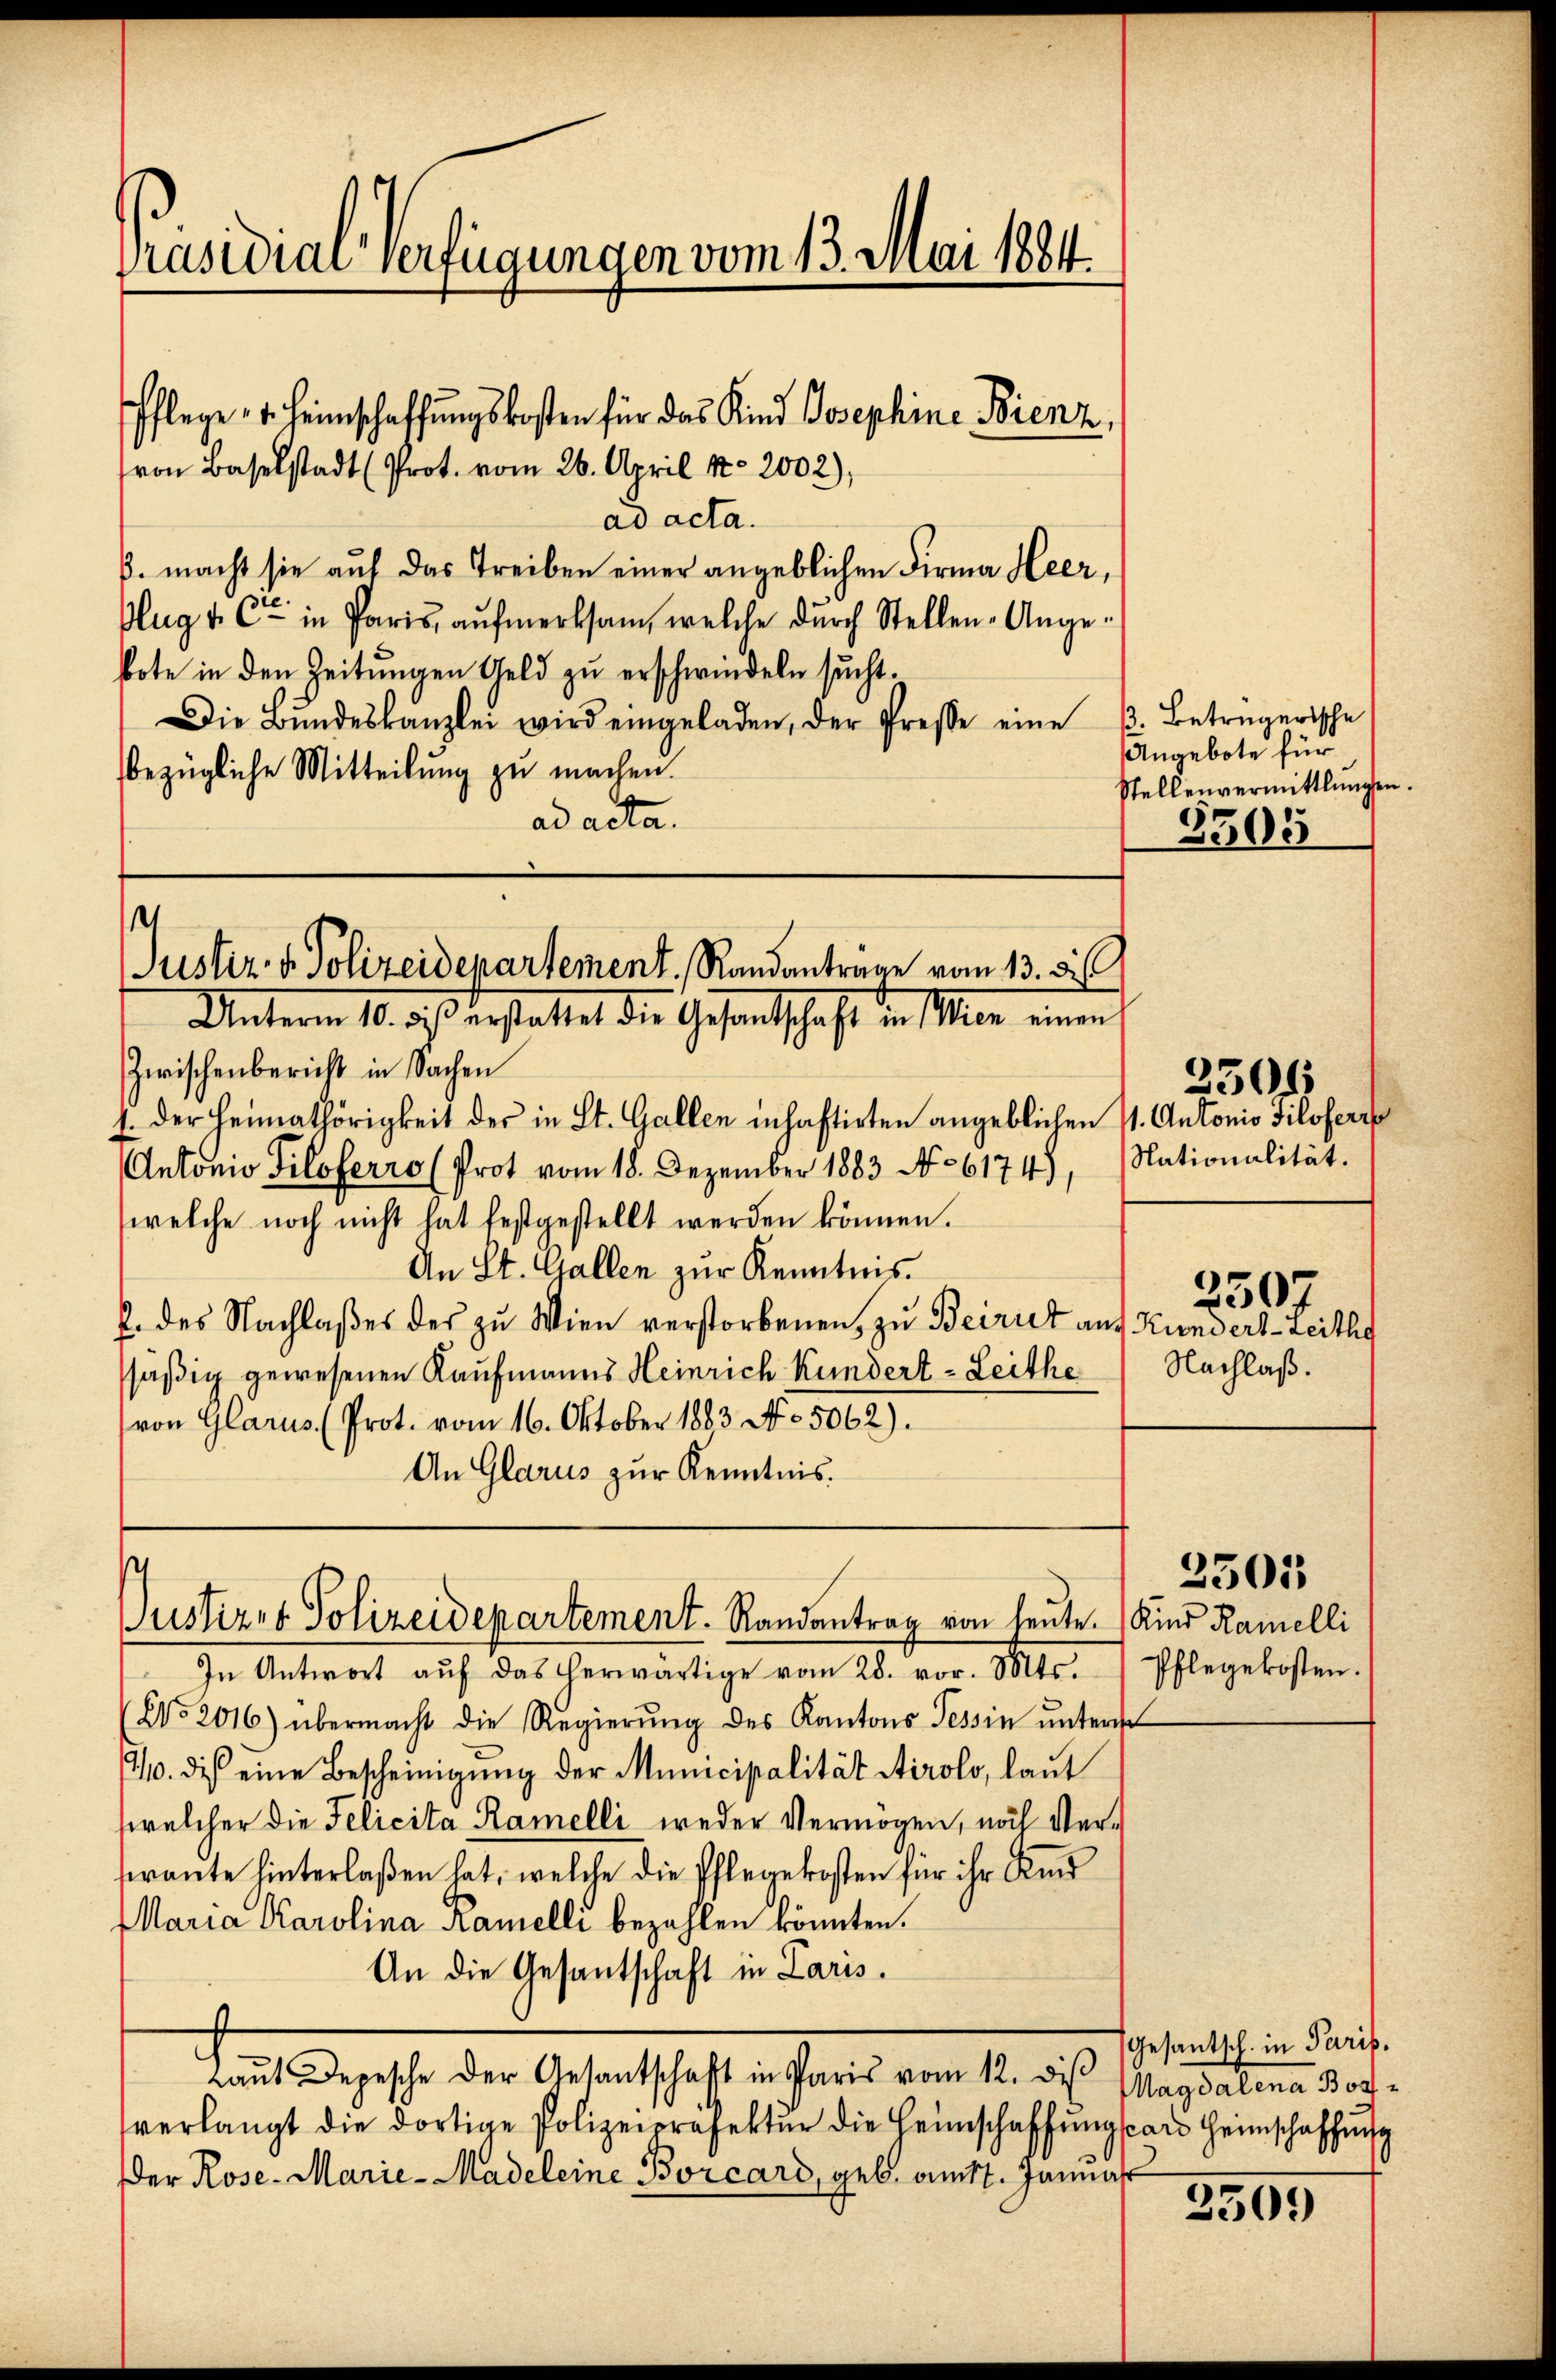
Präsidiar verfügungen vom 13. Mai 1884.
Pflege v. Heimschaffŭngskosten für das Kind Josephine Bienz,
ron Baselstadt (Prot. vom 26. April No 2002),

ad acta.
B. macht sie auf das Treiben einer angeblichen Firma Heer,
flug & Cie in Paris, aufmerksam, welche durch Stellen-Angebote in den Zeitungen Geld zu erschwindeln sucht.
Die Bŭndeskanzlei wird eingeladen, der Presse eine . Betrügerische
bezügliche Mitteilung zu machen.
ad acta.

e
Justiz & Polizeidepartement. Randantrage vom 13. d.
Unterm 10. ds erstattet die Gesandtschaft in Miner einen

Zwischenbericht in Sachen
1. Der Heimathörigkeit der in St. Gallen inhaftirten angeblichen V. Antonio Piloferr
Antonio Piloferro (Prot vom 18. Dezember 1883 No 6174), Nationalität.
welche noch nicht hat festgestellt werden können.
An St. Gallen zur Kenntnis.
2. des Nachlaßes des zu Wien verstorbenen, zu Beirut auf Kundert- Leithe
säßig gewesenen Kaufmanns Heinrich Kundert - Leithe
(von Glarus (Prot. vom 16. Oktober 1883 No. 5062).
An Glarus zur Kenntnis.

s
Justirer Polizeidepartement. Randantrag von heute Kind Ramelli

In Antwort aŭf das herwärtige vom 28. vor. Mts. 1 Pflegekosten.
No 2016) übermacht die Regierŭng des Kantons Tessin ŭnter
110. dis eine Bescheinigung der Municipalität Airolo, laut
welcher die Felicita Ramelli weder Vermögen, noch Verfrante hinterlaßen hat, welche die Pflegekosten für ihr Kind
Maria Karolina Ramelli bezahlen könnten.
An die Gesantschaft in Paris.
Laut Depesche der Gesantschaft in Paris vom 12. des Magdalena Borverlangt die dortige Polizeipräfektur die Heimschaffungsans Heimschaffung
Der Rose- Marie-Madeleine Borcard, geb. am 7. Januar

Angebote für
Stellenvermittlungen.
3505

250

Nachlaß.

250

2501

Gesantsch. in Paris.

2505